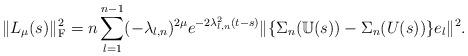
LaTeX: \begin{align*}\|L_\mu(s)\|^2_{\mathrm F}&=n\sum_{l=1}^{n-1}(-\lambda_{l,n})^{2\mu}e^{-2\lambda^2_{l,n}(t-s)}\|\{\Sigma_n(\mathbb U(s))-\Sigma_n(U(s))\}e_l\|^2.\end{align*}